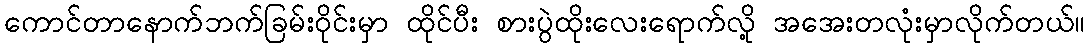
ကောင်တာနောက်ဘက်ခြမ်းဝိုင်းမှာ ထိုင်ပီး စားပွဲထိုးလေးရောက်လို့ အအေးတလုံးမှာလိုက်တယ်။